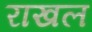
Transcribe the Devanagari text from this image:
राखल